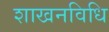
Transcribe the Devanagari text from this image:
शाखनविधि